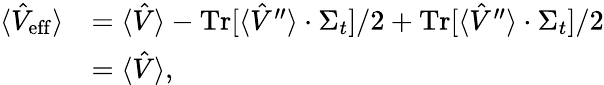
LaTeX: \begin{array}{rl}{\langle\hat{V}_{\mathrm{eff}}\rangle}&{=\langle\hat{V}\rangle-\operatorname{Tr}[\langle\hat{V}^{\prime\prime}\rangle\cdot\Sigma_{t}]/2+\operatorname{Tr}[\langle\hat{V}^{\prime\prime}\rangle\cdot\Sigma_{t}]/2}\\ &{=\langle\hat{V}\rangle,}\end{array}